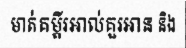
មាត់គម្ពីរអាល់គួរអាន និង